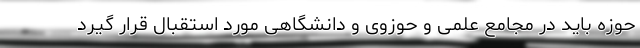
حوزه باید در مجامع علمی و حوزوی و دانشگاهی مورد استقبال قرار گیرد